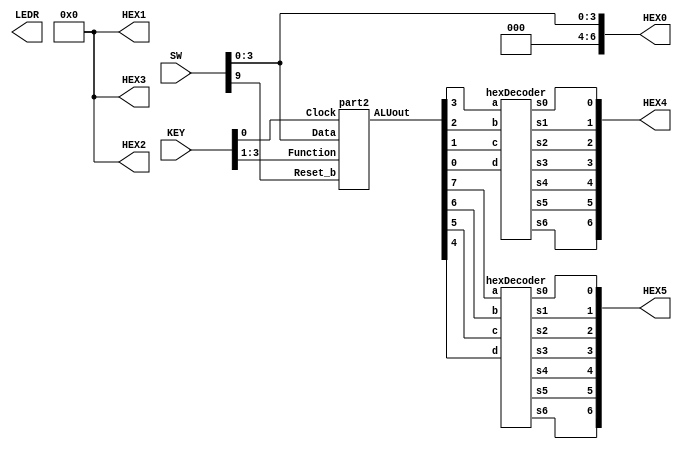
module eightbitreg(SW, KEY, LEDR, HEX0, HEX1, HEX2, HEX3, HEX4, HEX5);
	input [9:0]SW;
	input [3:0]KEY;
	output [9:0]LEDR;
	output [6:0]HEX0;
	output [6:0]HEX1;
	output [6:0]HEX2;
	output [6:0]HEX3;
	output [6:0]HEX4;
	output [6:0]HEX5;

	wire Clock;
	assign Clock = KEY[0];
	wire [3:0] Data;
	assign Data[3:0] = SW[3:0];
	wire Reset_b;
	assign Reset_b = SW[9];
	wire [2:0] Function;
	assign Function[2:0] = KEY[3:1];
	wire [7:0] ALUout;

	part2 u0(Clock, Reset_b, Data, Function, ALUout);
	
	assign HEX0 = Data;
	assign HEX1 = 0;
	assign HEX2 = 0;
	assign HEX3 = 0;
	
	// Pass ALUout through the Hex Decoder for HEX4 and HEX5
	hexDecoder u1(ALUout[0], ALUout[1], ALUout[2], ALUout[3],HEX4[0],HEX4[1],HEX4[2],HEX4[3],HEX4[4],HEX4[5],HEX4[6]);
	hexDecoder u2(ALUout[4], ALUout[5], ALUout[6], ALUout[7],HEX5[0],HEX5[1],HEX5[2],HEX5[3],HEX5[4],HEX5[5],HEX5[6]);
endmodule


module part2(Clock, Reset_b, Data, Function, ALUout);
	input Clock;
	input Reset_b;
	input [3:0] Data;
	input [2:0] Function;
	output reg [7:0] ALUout;
	reg [7:0] ALU; // Temporarily stores ALU value before being assigned at posedge
	reg [3:0] A;
	reg [3:0] B;
	wire [3:0] s;
	wire c_out;
	wire [7:0] sum;
	fourbitadder v0(
		.a(Data), 
		.b(B), 
		.c_in(1'b0), 
		.s(s), 
		.c_out(c_out)
	);
	
	assign sum = {3'b000, c_out, s};

	always @(posedge Clock)
	begin
		if (Reset_b == 1'b0)
			ALUout <= 8'b00000000; // Resets
		else
			ALUout <= ALU;
	end

	always @(*)
	begin
		A[3:0] = Data[3:0];
		B[3:0] = ALUout[3:0];
		case(Function)
			3'b000:
				ALU = sum;
			3'b001:
				ALU = A + B;
			3'b010:
			begin
			if (ALUout[3] == 1)
				ALU = {4'b1111, B};
			else
				ALU = {4'b0000, B};
			end
			3'b011:
				ALU = {7'b0000000, |{Data, B}};
			3'b100:
				ALU = {7'b0000000, &{Data, B}};
			3'b101:
				ALU = B << A; // Shift B left by A bits, pad B first
			3'b110:
				ALU = A * B; // Multiply via * operator
			3'b111:
				ALU = ALUout;
				
			default:
				ALU = 8'b00000000; 
		endcase
	end	
endmodule	
		

module hexDecoder(d, c, b, a, s0, s1, s2, s3, s4, s5, s6);
	input a, b, c, d;
	output s0, s1, s2, s3, s4, s5, s6;
	assign s0 = (a & b & ~c & d) || (a & ~b & c & d) || (~a & b & ~c & ~d) || (~a & ~b & ~c & d);
	assign s1 = (a & b & ~d) || (a & c & d) || (~a & b & ~c & d) || (b & c & ~d);
	assign s2 = (a & b & c) || (a & b & ~d) || (~a & ~b & c & ~d);
	assign s3 = (a & ~b & c & ~d) || (~a & b & ~c & ~d) || (b & c & d) || (~a & ~b & ~c & d);
	assign s4 = (~a & b & ~c) || (~a & d) || (~b & ~c & d);
	assign s5 = (a & b & ~c & d) || (~a & ~b & c) || (~a & ~b & d) || (~a & c & d);
	assign s6 = (a & b & ~c & ~d) || (~a & b & c & d) || (~a & ~b & ~c);
endmodule


module fourbitadder(a, b, c_in, s, c_out);
	// This is a four-bit ripple-carry adder
	input [3:0] a;
	input [3:0] b;
	input c_in;
	output [3:0] s;
	output c_out;
	wire c1, c2, c3;
	
	full_adder u0(
		.a(a[0]),
		.b(b[0]),
		.c_in(c_in),
		.s(s[0]),
		.c_out(c1)
		);
	
	full_adder u1(
		.a(a[1]),
		.b(b[1]),
		.c_in(c1),
		.s(s[1]),
		.c_out(c2)
		);
	
	full_adder u2(
		.a(a[2]),
		.b(b[2]),
		.c_in(c2),
		.s(s[2]),
		.c_out(c3)
		);
	
	full_adder u3(
		.a(a[3]),
		.b(b[3]),
		.c_in(c3),
		.s(s[3]),
		.c_out(c_out)
		);

endmodule


module full_adder(a, b, c_in, s, c_out);
	// This will be instantiated four times
	input a, b, c_in;
	output s, c_out;
	assign s = a ^ b ^ c_in; // ^ is XOR
	assign c_out = (a&b) | (a&c_in) | (b&c_in);
endmodule